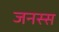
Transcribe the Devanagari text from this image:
जनस्स